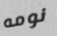
نومه